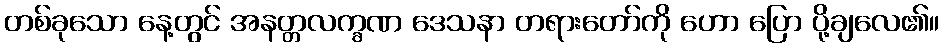
တစ်ခုသော နေ့တွင် အနတ္တလက္ခဏ ဒေသနာ တရားတော်ကို ဟော ပြော ပို့ချလေ၏။